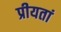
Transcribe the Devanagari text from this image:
प्रीयतां